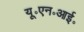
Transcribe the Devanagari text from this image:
यू॰एन॰आई॰